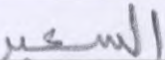
السعير